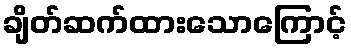
ချိတ်ဆက်ထားသောကြောင့်